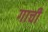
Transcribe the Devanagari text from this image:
गाची